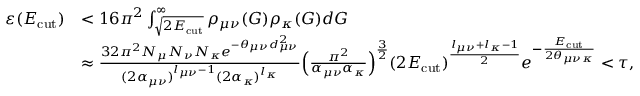
\begin{array} { r l } { \varepsilon ( E _ { \mathrm { c u t } } ) } & { < 1 6 \pi ^ { 2 } \int _ { \sqrt { 2 E _ { \mathrm { c u t } } } } ^ { \infty } \rho _ { \mu \nu } ( G ) \rho _ { \kappa } ( G ) d G } \\ & { \approx \frac { 3 2 \pi ^ { 2 } N _ { \mu } N _ { \nu } N _ { \kappa } e ^ { - \theta _ { \mu \nu } d _ { \mu \nu } ^ { 2 } } } { ( 2 \alpha _ { \mu \nu } ) ^ { l _ { \mu \nu } - 1 } ( 2 \alpha _ { \kappa } ) ^ { l _ { \kappa } } } \Big ( \frac { \pi ^ { 2 } } { \alpha _ { \mu \nu } \alpha _ { \kappa } } \Big ) ^ { \frac { 3 } { 2 } } ( 2 E _ { \mathrm { c u t } } ) ^ { \frac { l _ { \mu \nu } + l _ { \kappa } - 1 } { 2 } } e ^ { - \frac { E _ { \mathrm { c u t } } } { 2 \theta _ { \mu \nu \kappa } } } < \tau , } \end{array}